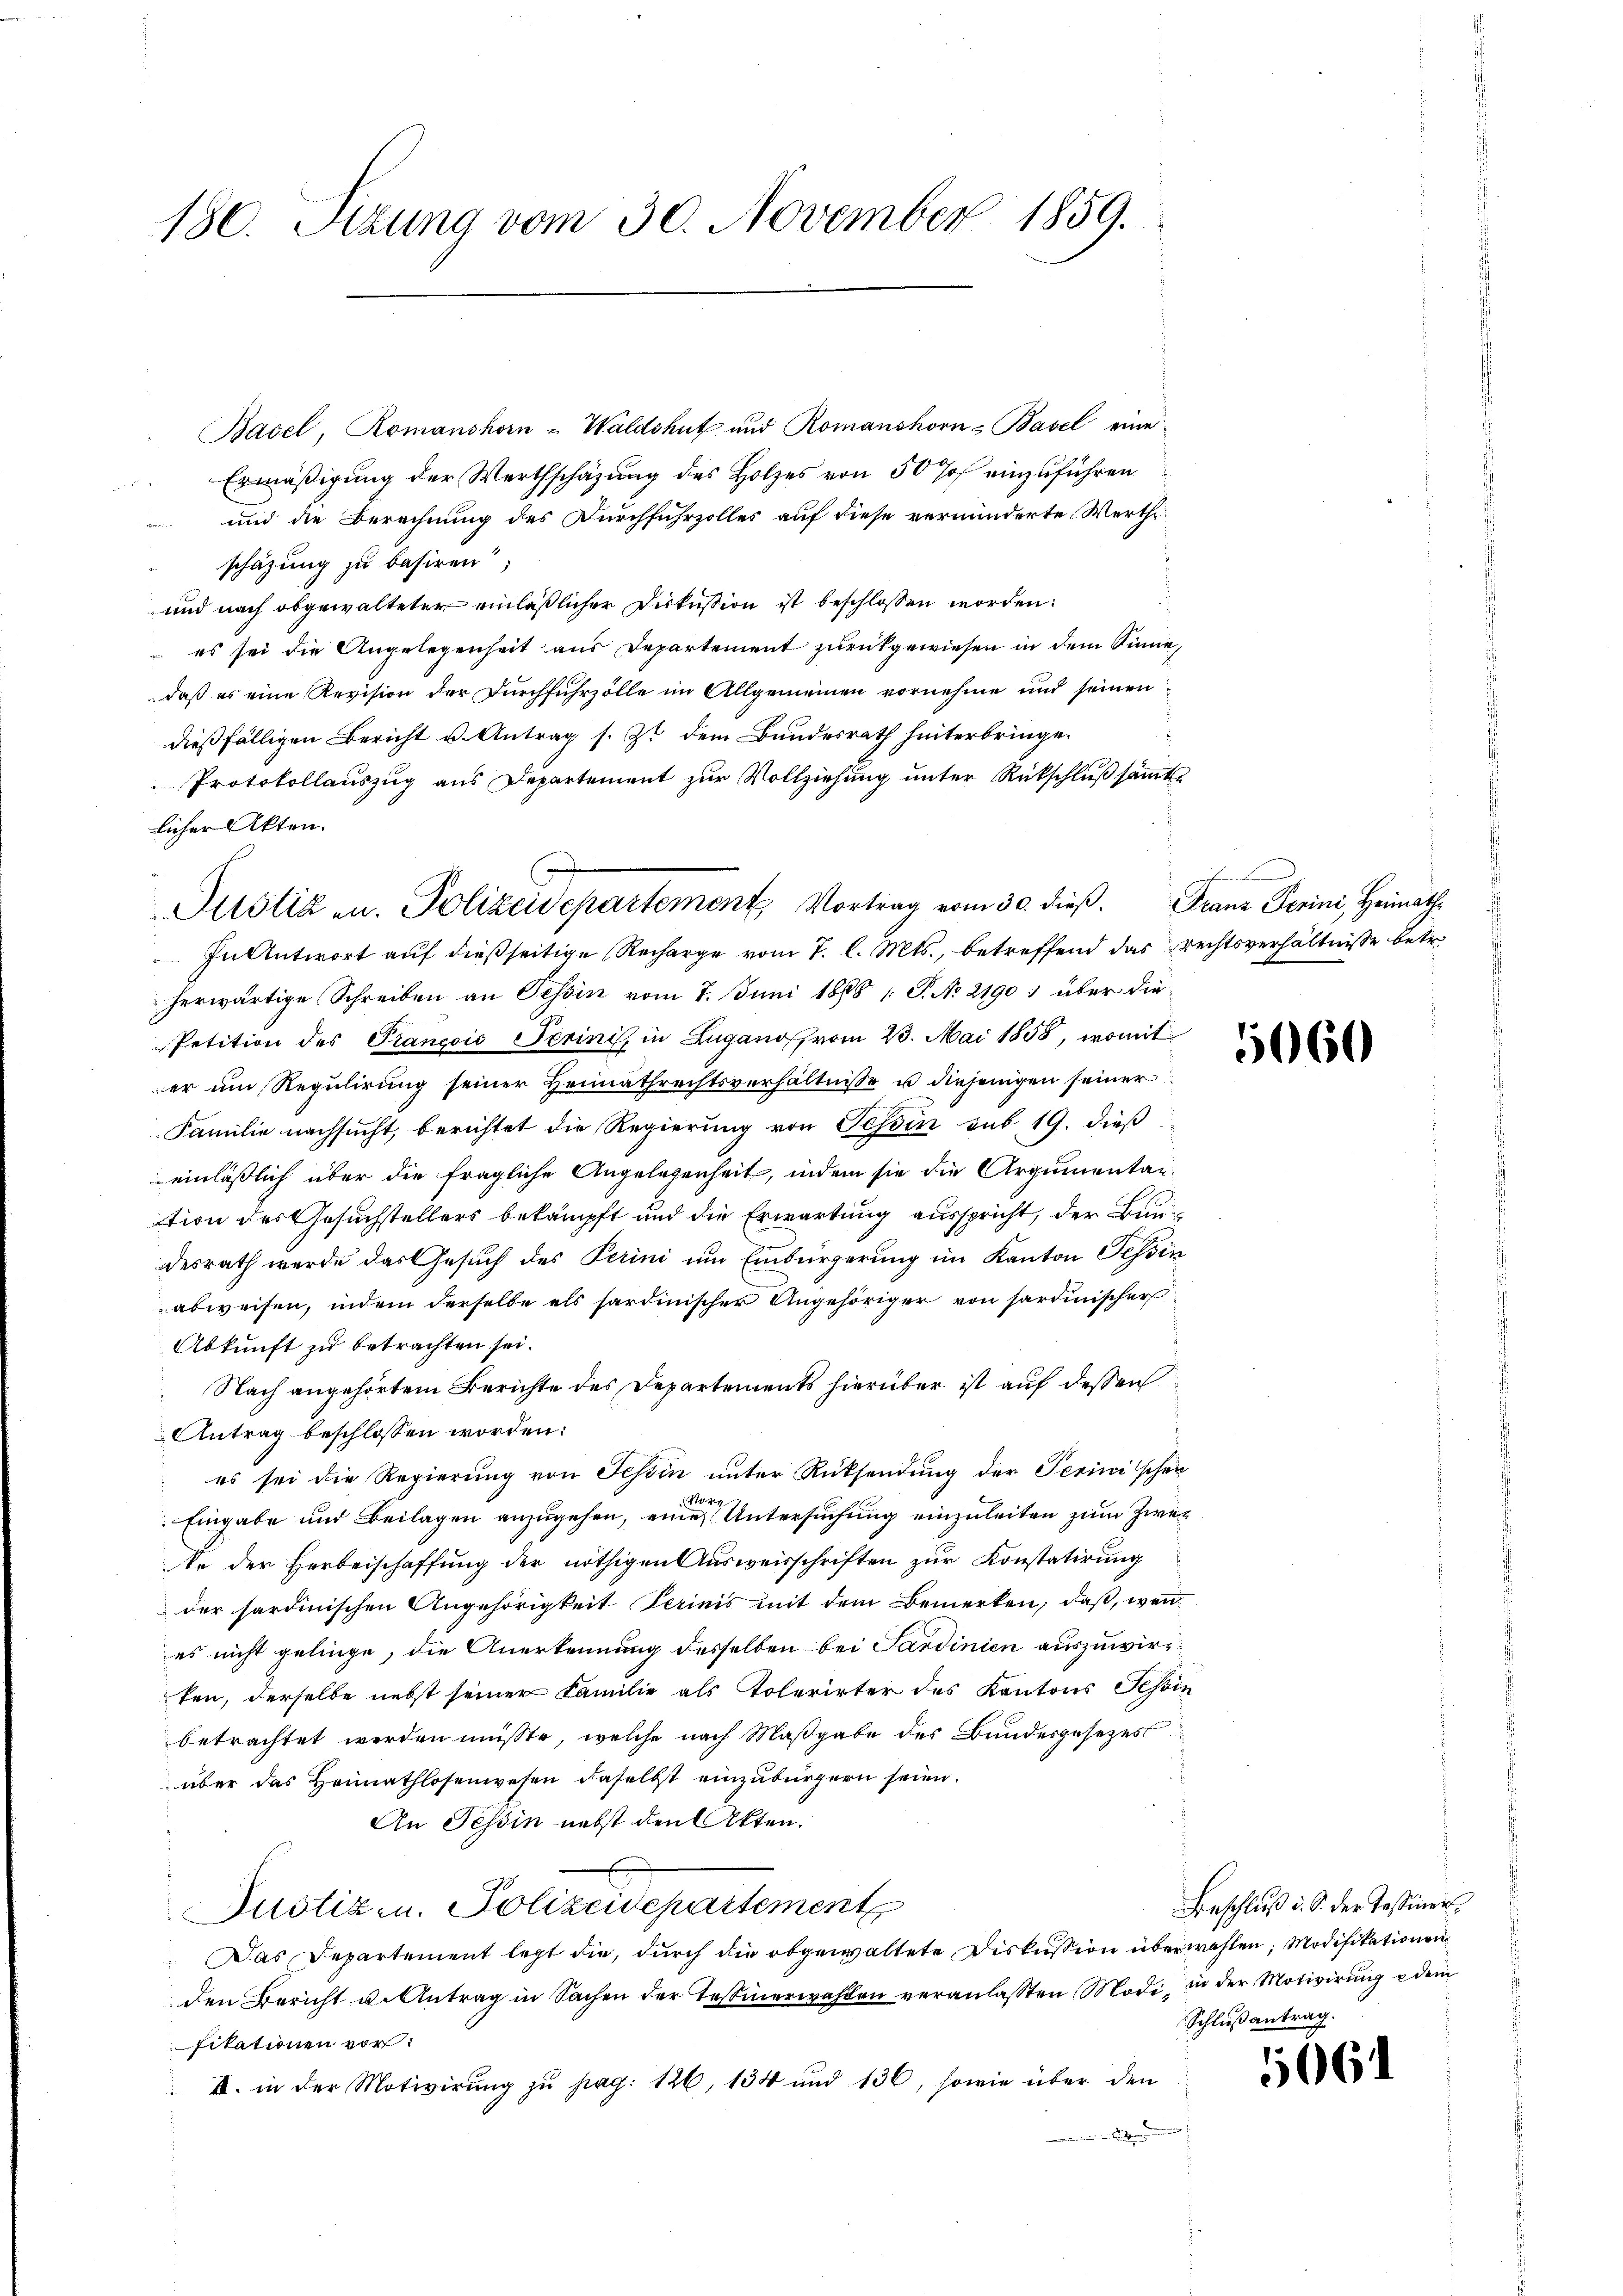
130. Sitzung vom 30. November 1859.

Basel, Romanshorn - Waldshut und Romanshorn-Basel eine
Ermäßigung der Werthschäzung des Holzes von 50 % einzuführen
und die Berechnung des Durchfuhrzolles auf diese verminderte Wertheschätzung zu basiren;
und nach obgewalteter einläßlicher Diskussion ist beschlossen worden.
es sei die Angelegenheit aus Departement zurückgewiesen in dem Sinne,
daß es eine Revision der Durchfuhrzölle im Allgemeinen vornehme und seinen
dießfälligen Bericht u. Antrag s. Zt. dem Bundesrath hinterbringe.
Protokollauszug aus Departement zur Vollziehung unter Rückschluß sämmt
licher Akten.
In Antwort auf dießseitige Recharge vom 7. l. Mts., betreffend das Rechtsverhältnisse betr.
herwärtige Schreiben an Tessin vom 7. Juni 1888 1 P. No 21901 über die
Petition des Prançois Perini in Zugano vom 23. Mai 1858, womit
er um Regulirung seiner Heimathrechtsverhältnisse u diejenigen seiner
Familie nachsucht, berichtet die Regierung von Tessin sub 19. dieß
einläßlich über die fragliche Angelegenheit, indem sie die Argumentan-
tion des Gesuchstellers bekämpft und die Erwartung ausspricht, der Bundesrath wurde das Gesuch des Perini um Einbürgerung im Kanton Tessin
abweisen, indem derselbe als hardinischer Angehöriger von sardinischer
Abkunft zu betrachten sei.
Nach angehörtem Berichte des Departements hierüber ist auf dessen
Antrag beschlossen worden:
es sei die Regierung von Schön unter Rücksendung der Perinischen
Puri
Eingabe und Beilagen anzugehen, eine Untersuchung einzuleiten zum Zwec
te der Herbeischaffung der nöthigen Ausweisschriften zur Konstatirung
der sardinischen Angehörigkeit Perinis mit dem Bemerken, daß, wenes nicht gelinge, die Anerkennung desselben bei Sardinien auszuwirten, derselbe nebst seiner Familie als Tolerirter des Kantons Schin
betrachtet werden müßte, welche nach Maßgabe des Bundesgesezes
über das Heimathlosenwesen daselbst einzubürgern seien.
An Tessin nebst den Akten.
Justiz u. Polizeidepartement
Das Departement legt die, durch die obgewaltete Diskussion überwählen; Modifikationen
den Bericht u. Antrag in Sachen der Tessinerwahlen veranlasten Modi, in der Motivirung dem
fikationen vor:
II. in der Motivirung zŭ pag. 126, 134 und 136, sowie über den
n Seiteren, in ein

Justiz u. Polizeidepartement, Vortrag vom 30. dieß. Franz Perini, Heimath¬

f

5060

Beschluß d. S. der Tessiner
Schlußantrag.

506